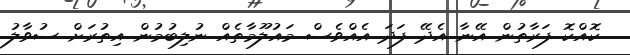
ކޮއްކޮ ފަރާތުން އޭނާ އެދޭ ފަދަ އެއްވެސް މައުލޫމާތެއް ނުލިބުމުން އިތުރަށް ސުވާލު